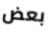
بعض